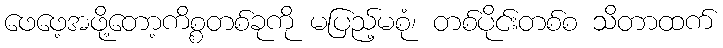
ဖေဖေ့အဖို့တော့ကိစ္စတစ်ခုကို မပြည့်မစုံ၊ တစ်ပိုင်းတစ်စ သိတာထက်